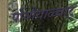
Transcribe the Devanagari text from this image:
पोय्गैयाळ्वार्